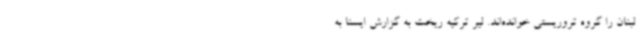
لبنان را گروه تروریستی خوانده‌اند. لیر ترکیه ریخت به گزارش ایسنا به